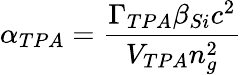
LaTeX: \alpha_{TPA}=\frac{\Gamma_{TPA}\beta_{Si}c^{2}}{V_{TPA}n_{g}^{2}}